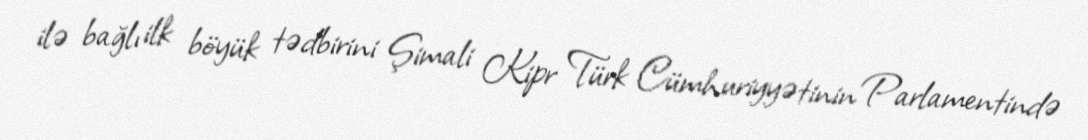
ilə bağlı ilk böyük tədbirini Şimali Kipr Türk Cümhuriyyətinin Parlamentində